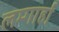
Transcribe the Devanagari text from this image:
लम्गार्हा